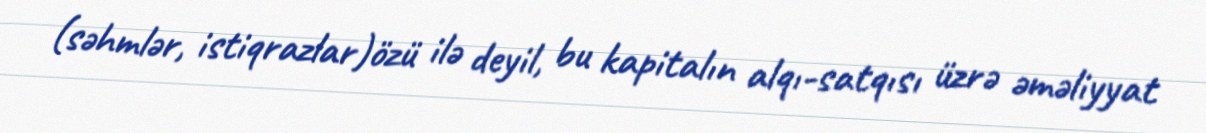
(səhmlər, istiqrazlar)özü ilə deyil, bu kapitalın alqı-satqısı üzrə əməliyyat